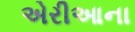
એરીઆના